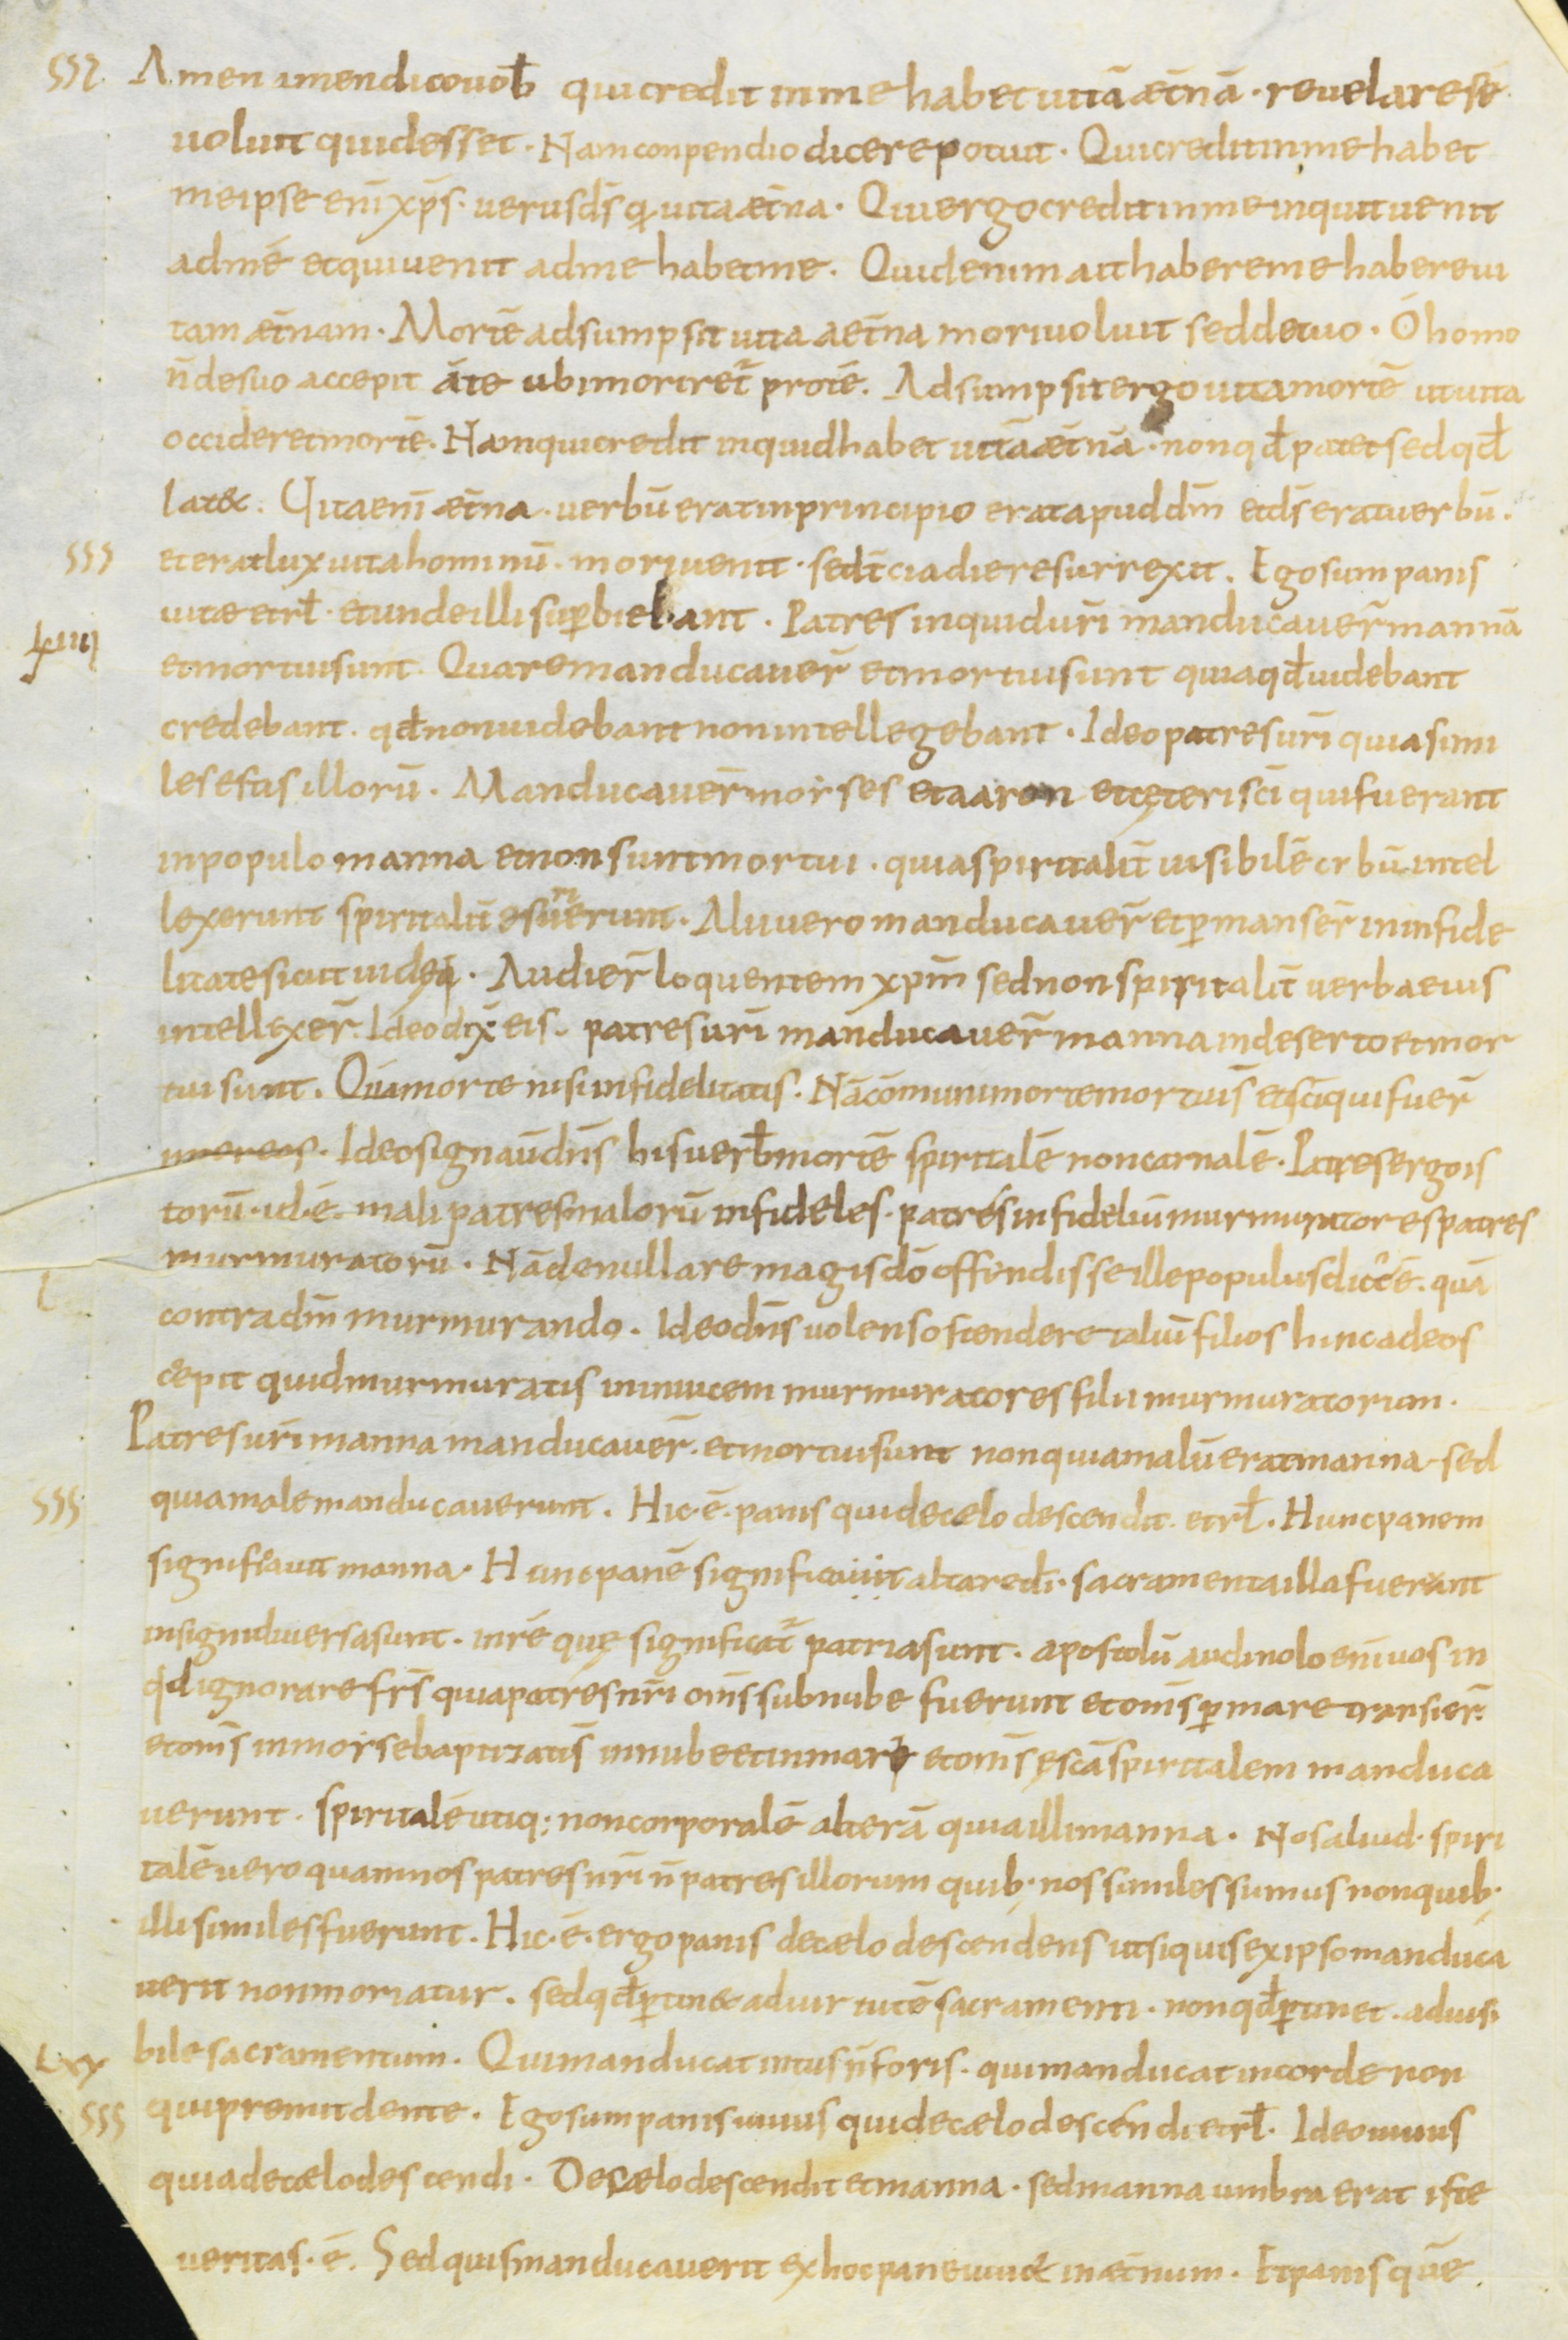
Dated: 800–899